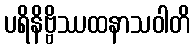
ပရိနိဗ္ဗိဿထနာသဝါတိ